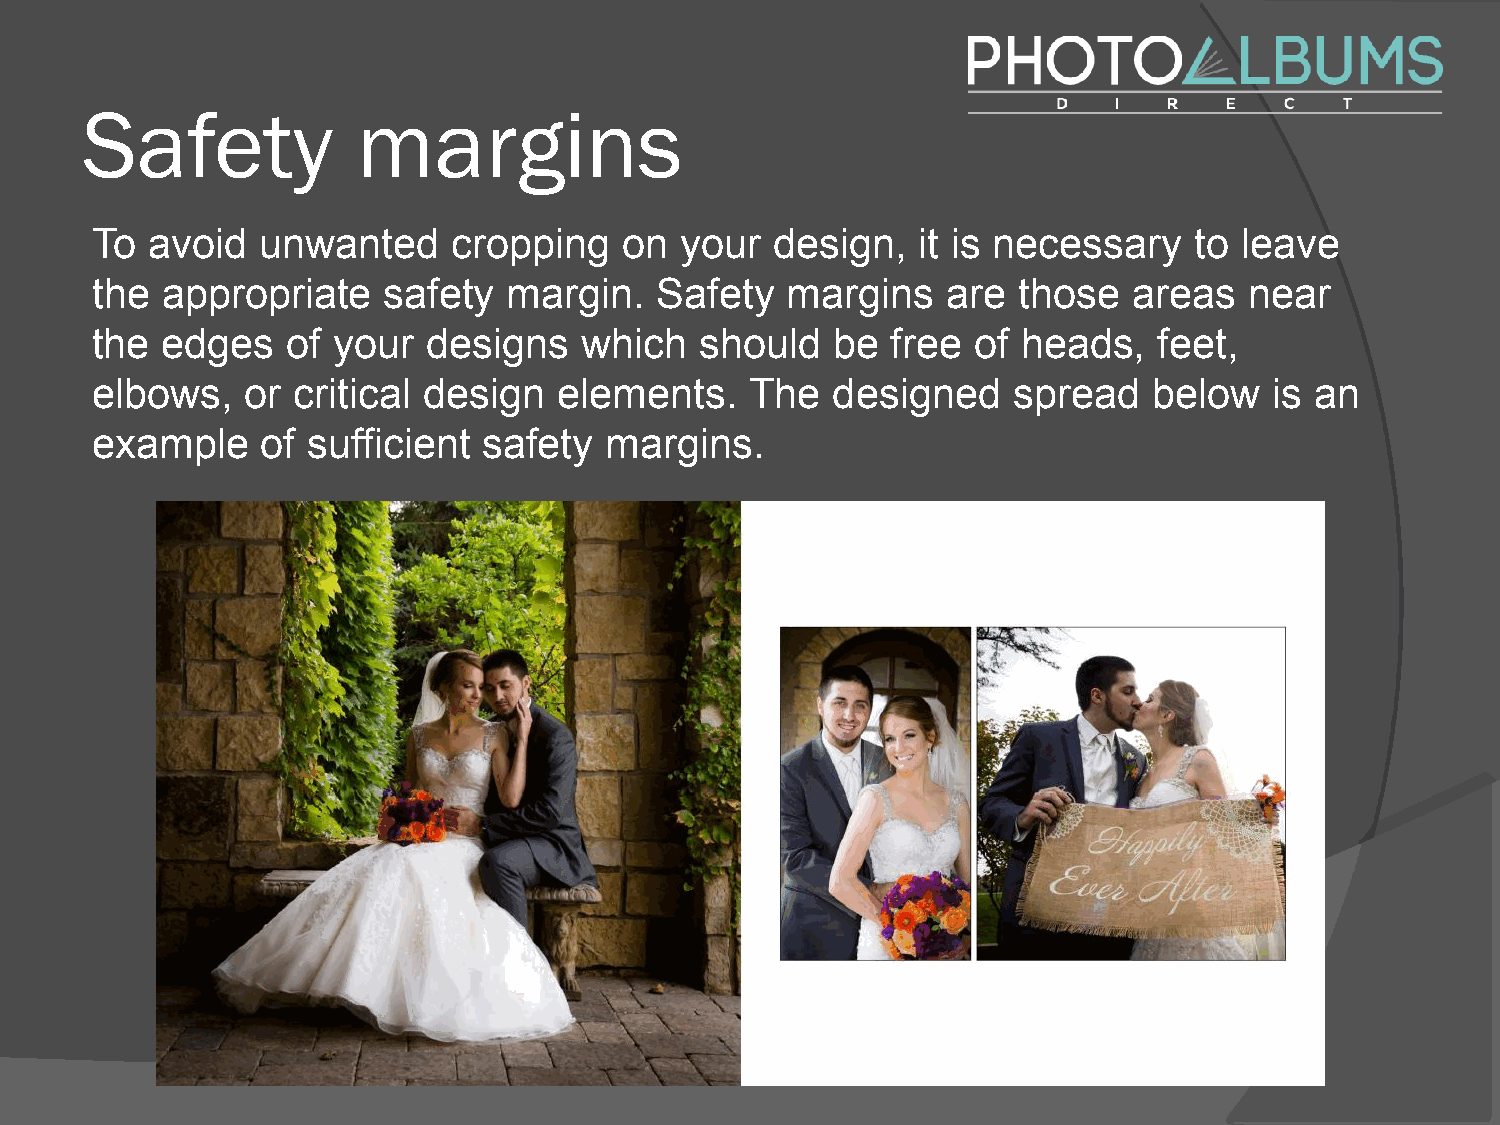
Safety             margins
 To  avoid  unwanted     cropping   on  your  design,   it is necessary   to leave
 the  appropriate   safety   margin.   Safety  margins    are those   areas   near
 the  edges   of your  designs   which   should   be  free  of heads,   feet,
 elbows,   or critical design   elements.    The  designed    spread   below   is an
 example    of sufficient  safety  margins.